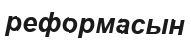
реформасын